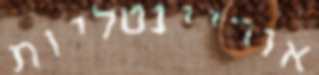
אוריינטליות